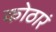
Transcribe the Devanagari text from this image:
कोठारं